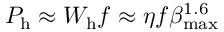
P _ { \mathrm { h } } \approx { W } _ { \mathrm { h } } f \approx \eta { f } \beta _ { \mathrm { m a x } } ^ { 1 . 6 }